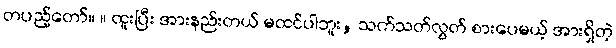
တပည့်တော်။ ။ ထူးပြီး အားနည်းတယ် မထင်ပါဘူး, သက်သတ်လွတ် စားပေမယ့် အားရှိတဲ့